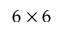
6 \times 6